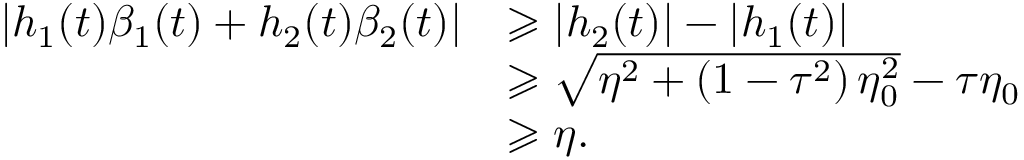
\begin{array} { r l } { \left| h _ { 1 } ( t ) \beta _ { 1 } ( t ) + h _ { 2 } ( t ) \beta _ { 2 } ( t ) \right| } & { \geqslant \left| h _ { 2 } ( t ) \right| - \left| h _ { 1 } ( t ) \right| } \\ & { \geqslant \sqrt { \eta ^ { 2 } + \left( 1 - \tau ^ { 2 } \right) \eta _ { 0 } ^ { 2 } } - \tau \eta _ { 0 } } \\ & { \geqslant \eta . } \end{array}